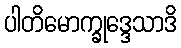
ပါတိမောက္ခုဒ္ဒေသာဒိ